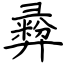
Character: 彛